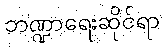
ဘဏ္ဍာရေးဆိုင်ရာ